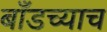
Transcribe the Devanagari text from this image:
बाँडच्याच